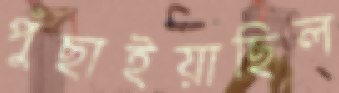
পুঁছাইয়াছিল